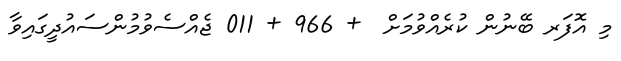
މި އޮފަރ ބޭނުން ކުރެއްވުމަށް  + 966 + 011 ޖެއްސެވުމުންސައުދީގައިވާ